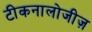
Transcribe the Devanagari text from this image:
टीकनालोजीज़